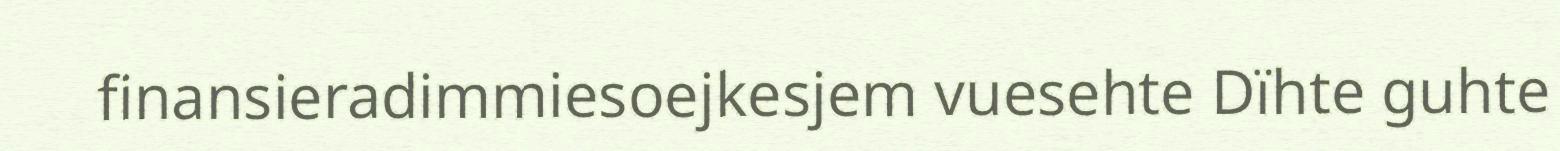
finansieradimmiesoejkesjem vuesehte Dïhte guhte